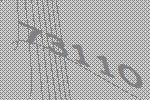
73110